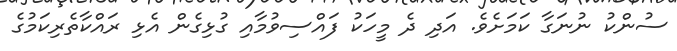
ސުންކު ނުނަގާ ކަމަށެެވެ. އަދި ދެ މީހަކު ފައްސިވުމާއި ގުޅިގެން އެޅި ރައްކާތެރިކަމުގެ